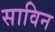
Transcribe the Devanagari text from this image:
साविन